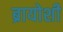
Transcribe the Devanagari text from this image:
ब्रायोशी